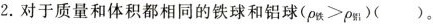
2.对于质量和体积都相同的铁球和铝球($$\rho _{铁}>\rho _{铝}$$)()。